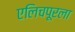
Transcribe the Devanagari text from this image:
एलिचपूरला